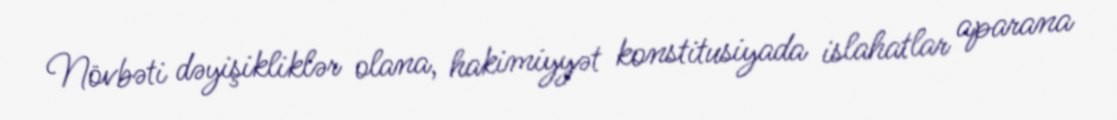
Növbəti dəyişikliklər olana, hakimiyyət konstitusiyada islahatlar aparana